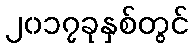
၂၀၁၇ခုနှစ်တွင်